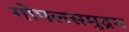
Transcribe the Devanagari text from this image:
गोपलसमुद्रम